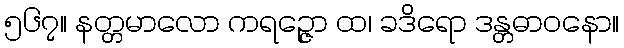
၅၆၇။ နတ္တမာလော ကရဉ္ဇော ထ၊ ခဒိရော ဒန္တဓာဝနော။